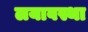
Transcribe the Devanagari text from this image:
लयावस्था